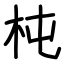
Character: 杶